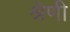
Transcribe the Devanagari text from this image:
श्रॆणी